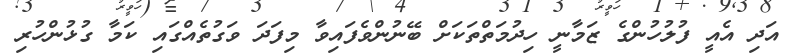
އަދި އެއީ ފުލުހުންގެ ޒަމާނީ ހިދުމަތްތަކަށް ބޭނުންވެފައިވާ މިފަދަ ވަގުތެއްގައި ކަމާ ގުޅުންހުރި